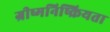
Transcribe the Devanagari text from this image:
ग्रीष्मनिष्क्रियता